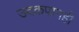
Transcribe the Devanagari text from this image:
उदकपानही